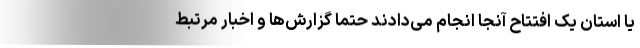
یا استان یک افتتاح آنجا انجام می‌دادند حتما گزارش‌ها و اخبار مرتبط